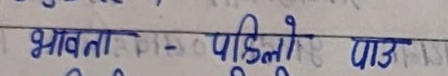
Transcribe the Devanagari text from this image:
भावता पहिलो पाठ